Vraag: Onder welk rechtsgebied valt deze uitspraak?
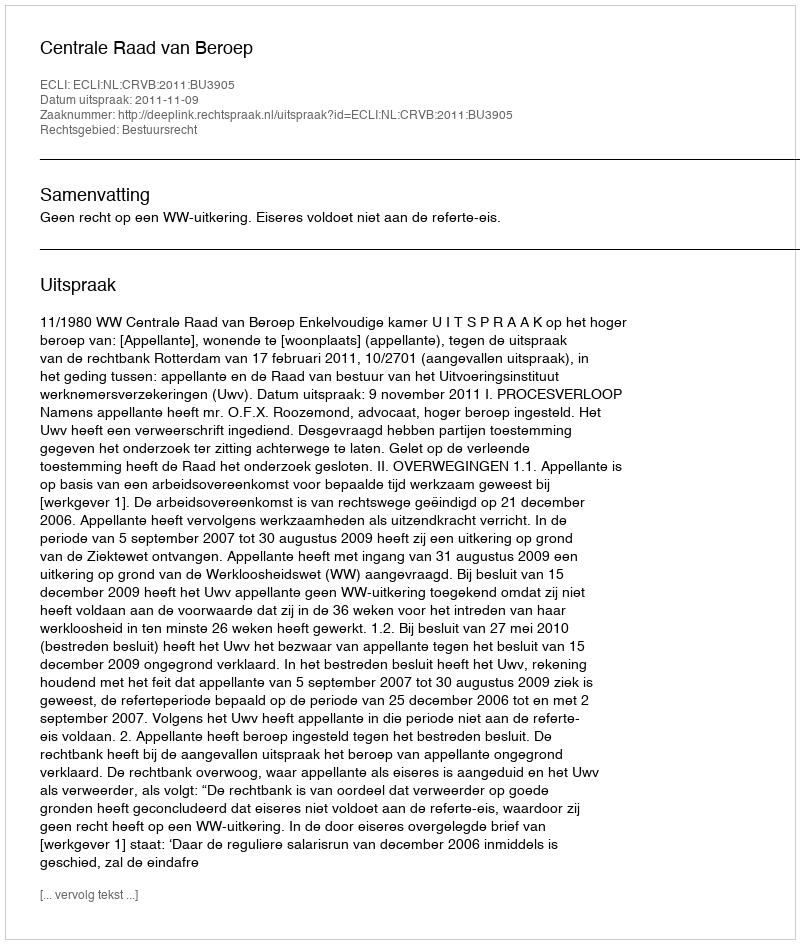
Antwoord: Bestuursrecht